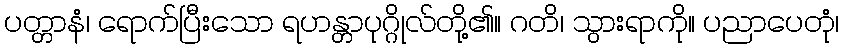
ပတ္တာနံ၊ ရောက်ပြီးသော ရဟန္တာပုဂ္ဂိုလ်တို့၏။ ဂတိ၊ သွားရာကို။ ပညာပေတုံ၊